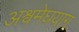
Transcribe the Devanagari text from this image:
अश्वमेघयाग